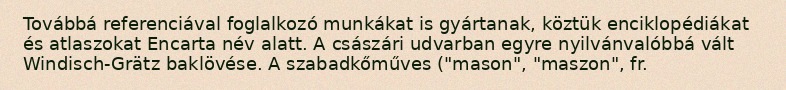
Továbbá referenciával foglalkozó munkákat is gyártanak, köztük enciklopédiákat és atlaszokat Encarta név alatt. A császári udvarban egyre nyilvánvalóbbá vált Windisch-Grätz baklövése. A szabadkőműves ("mason", "maszon", fr.